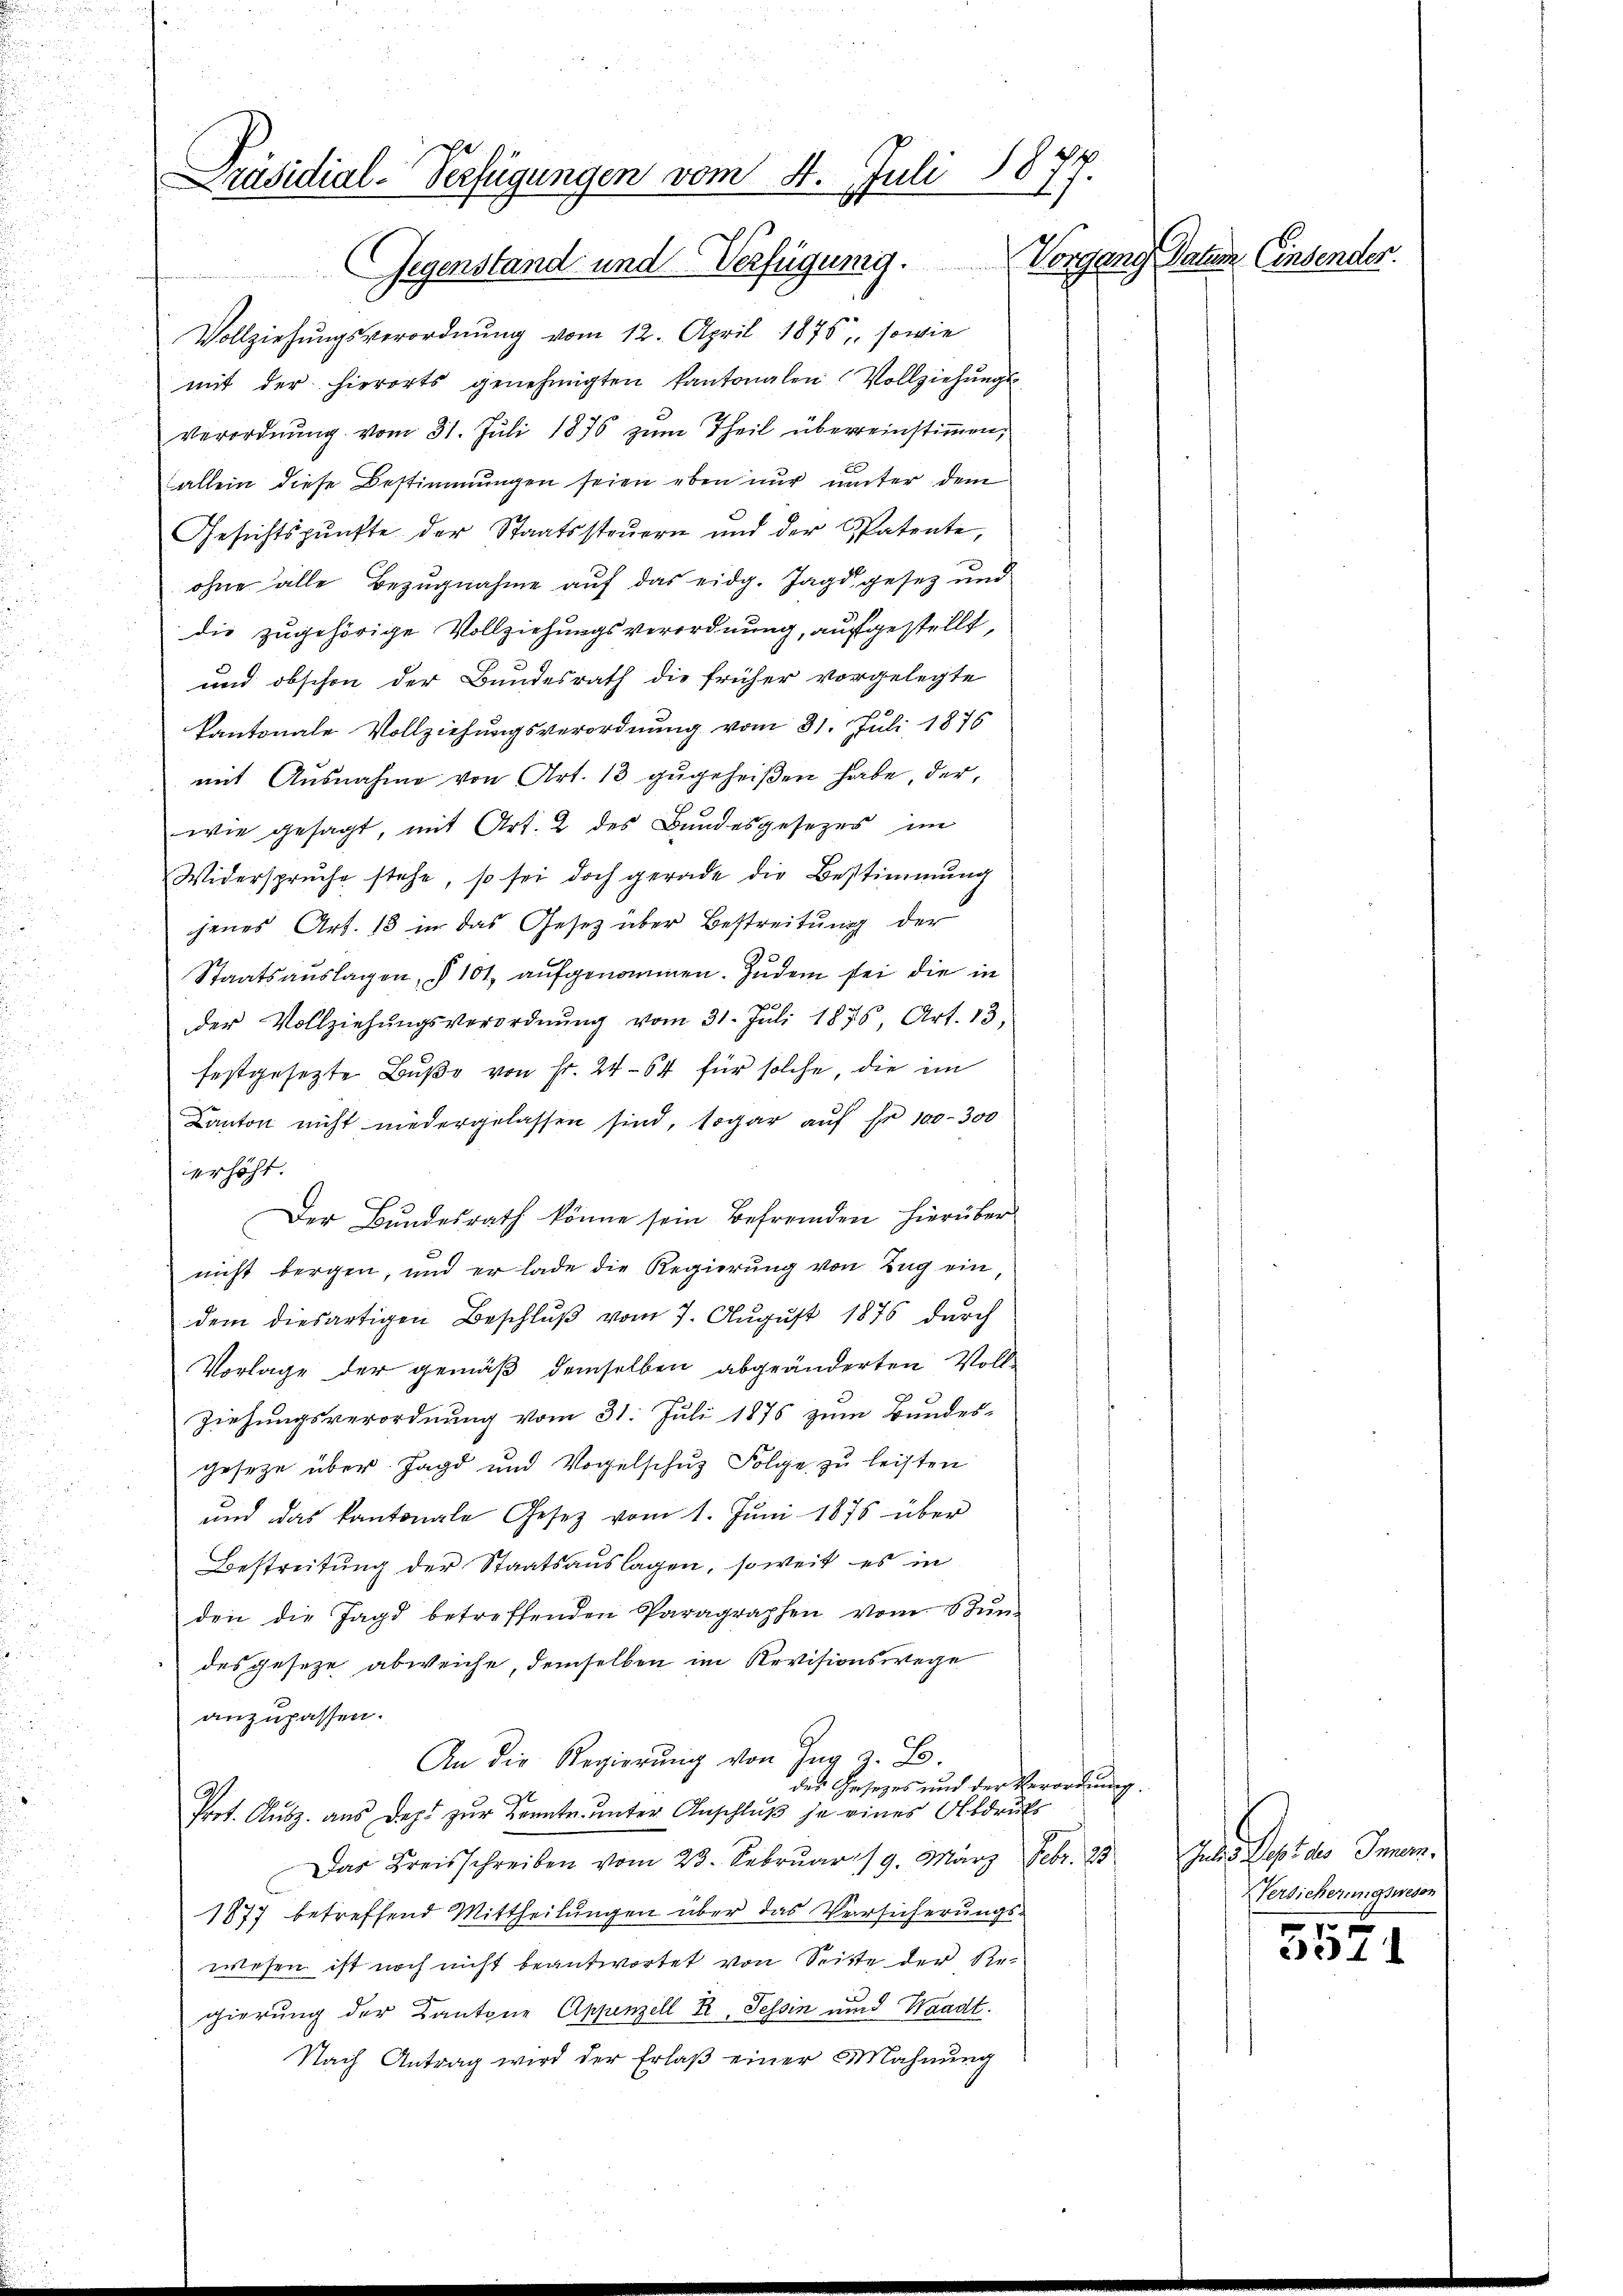
Vollziehungsverordnung vom 12. April 1875, sowie
mit der hierorts genehmigten kantonalen Vollziehŭngs-
Verordnŭng vom 31. Jŭli 1876 zŭm Theil überreinstimmen,
allein diese Bestimmungen seien eben nur unter dem
Gesichtspŭnfte der Staatssteŭern und der Spatente,
ohne alle Bezugnahme auf das eidg. Jagd gesez und
die zugehörige Vollziehungsverordnung, aufgestellt,
und obschon der Bundesrath die früher vorgelegte
kantonale Vollziehungsverordnung vom 31. Juli 1876
mit Ausnahme von Art. 13 zugeheißen habe, der,
wie gesagt, mit Art. 2 des Bundesgesezes im
Widerspruche stehe, so sei doch gerade die Bestimmung
jenes Art. 18 in das Gesetz über Bestreitung der
Staatsaŭslagen, § 101, aufgenommen. Zudem sei die in
der Vollziehŭngsverordnŭng vom 31. Jŭli 1876, Art. 13,
festgesetzte Buße von Fr. 2464 für solche, die im
Canton nicht niedergelassen sind, sogar auf pr 100–300
erhöht.
Der Bundesrath könne sein Befremden hierüber
nicht bergen, und er lade die Regierung von Zug ein,
dem diesartigen Beschluß vom 7. August 1876 durch
Vorlage der gemäß demselben abgeänderten Voll-
Ziehungsverordnung vom 31. Juli 1876 zum Bundes-
gesetze über Jagd und Vogelschuz Folge zu leisten
und das kantonale Gesetz vom 1. Jŭni 1875 über
Bestreitung der Staatsauslagen, soweit es in
den die Jagd betreffenden Paragraphen vom 8 Jun
des geseze abweiche, demselben im Revisionswege
anzupassen.
An die Regierŭng von Zŭg z. B.
der Gesetzes und der Verordnung.
Prot. Ausz. aus Dept zur Kennte unter Anschluß je eines Abdruck
Das Kreisschreiben vom 23. Februar 19. März Febr. 23
1877 betreffend Mittheilungen über das Versicherungs-
wesen ist noch nicht beantwortet von Seitte der Regierung der Kantone Appenzell R., Tessin und Waadt.
Nach Antrag wird der Erlaß einer Mahnung

räsidial-Verfügungen vom 4. Juli 1877.
Gegenstand und Verfügung. Vorgang Datum Einsender.

Grad Septer Immen.
Versicherungswesen

x
211